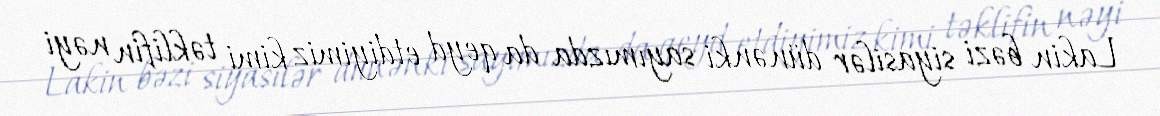
Lakin bəzi siyasilər dünənki sayımızda da qeyd etdiyimiz kimi təklifin nəyi